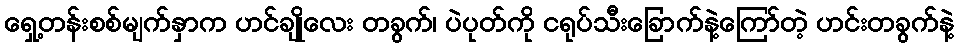
ရှေ့တန်းစစ်မျက်နှာက ဟင်ချိုလေး တခွက်၊ ပဲပုတ်ကို ငရုပ်သီးခြောက်နဲ့ကြော်တဲ့ ဟင်းတခွက်နဲ့